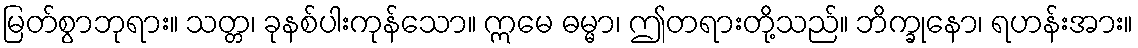
မြတ်စွာဘုရား။ သတ္တ၊ ခုနစ်ပါးကုန်သော။ ဣမေ ဓမ္မာ၊ ဤတရားတို့သည်။ ဘိက္ခုနော၊ ရဟန်းအား။